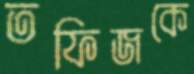
তফিজকে